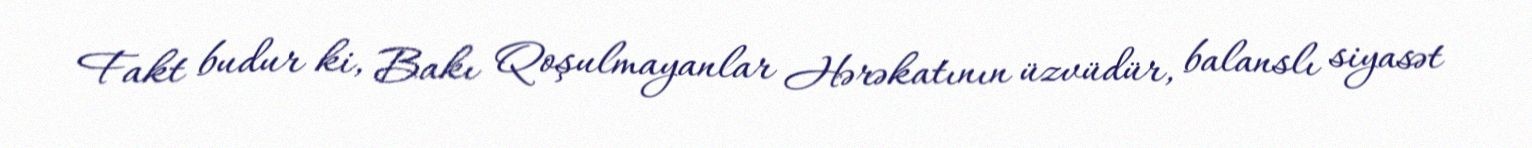
Fakt budur ki, Bakı Qoşulmayanlar Hərəkatının üzvüdür, balanslı siyasət